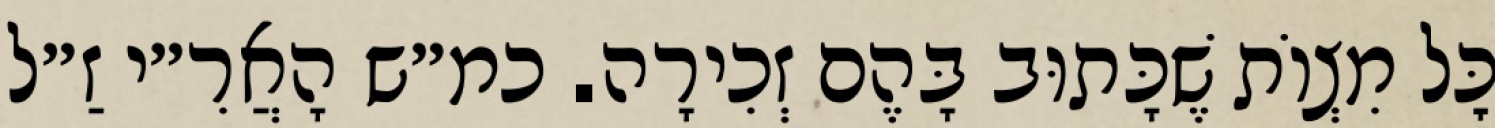
כׇּל מִצְוֹת שֶׁכָּתוּב בָּהֶם זְכִירָה. כמ״ש הָאֲרִ״י זַ״ל